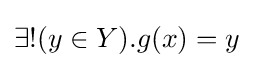
\exists !(y\in Y).g(x)=y